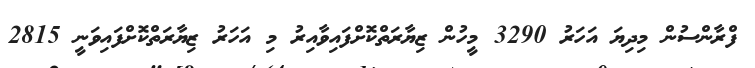
ފްރާންސުން މިދިޔަ އަހަރު 3290 މީހުން ޒިޔާރަތްކޮށްފައިވާއިރު މި އަހަރު ޒިޔާރަތްކޮށްފައިވަނީ 2815